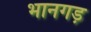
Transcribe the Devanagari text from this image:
भानगड़